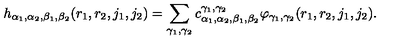
h _ { \alpha _ { 1 } , \alpha _ { 2 } , \beta _ { 1 } , \beta _ { 2 } } ( r _ { 1 } , r _ { 2 } , j _ { 1 } , j _ { 2 } ) = \sum _ { \gamma _ { 1 } , \gamma _ { 2 } } c _ { \alpha _ { 1 } , \alpha _ { 2 } , \beta _ { 1 } , \beta _ { 2 } } ^ { \gamma _ { 1 } , \gamma _ { 2 } } \varphi _ { \gamma _ { 1 } , \gamma _ { 2 } } ( r _ { 1 } , r _ { 2 } , j _ { 1 } , j _ { 2 } ) .